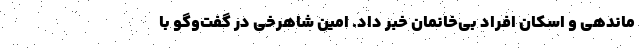
ماندهی و اسکان افراد بی‌خانمان خبر داد. امین شاهرخی در گفت‌وگو با